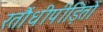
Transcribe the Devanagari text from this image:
रतौंधीपीड़ितों